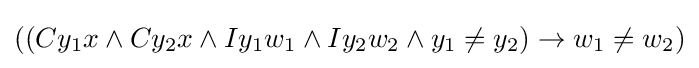
((Cy_{1}x\land Cy_{2}x\land Iy_{1}w_{1}\land Iy_{2}w_{2}\land y_{1}\neq y_{2})\rightarrow w_{1}\neq w_{2})